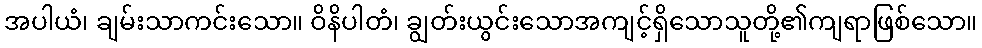
အပါယံ၊ ချမ်းသာကင်းသော။ ဝိနိပါတံ၊ ချွတ်းယွင်းသောအကျင့်ရှိသောသူတို့၏ကျရာဖြစ်သော။